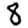
Digit: 8